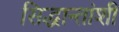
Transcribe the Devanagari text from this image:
सिद्धान्तांशी